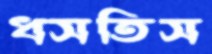
ধসতিস